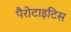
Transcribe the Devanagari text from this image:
पैरोटाइटिस